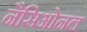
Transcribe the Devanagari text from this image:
नैसिओनल